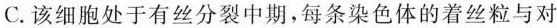
C.该细胞处于有丝分裂中期，每条染色体的着丝粒与对